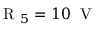
\mathrm { ~ R ~ } _ { 5 } = 1 0 \; \mathrm { ~ V ~ }